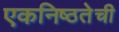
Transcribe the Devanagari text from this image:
एकनिष्ठतेची